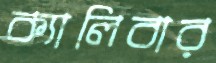
ক্যালিবার